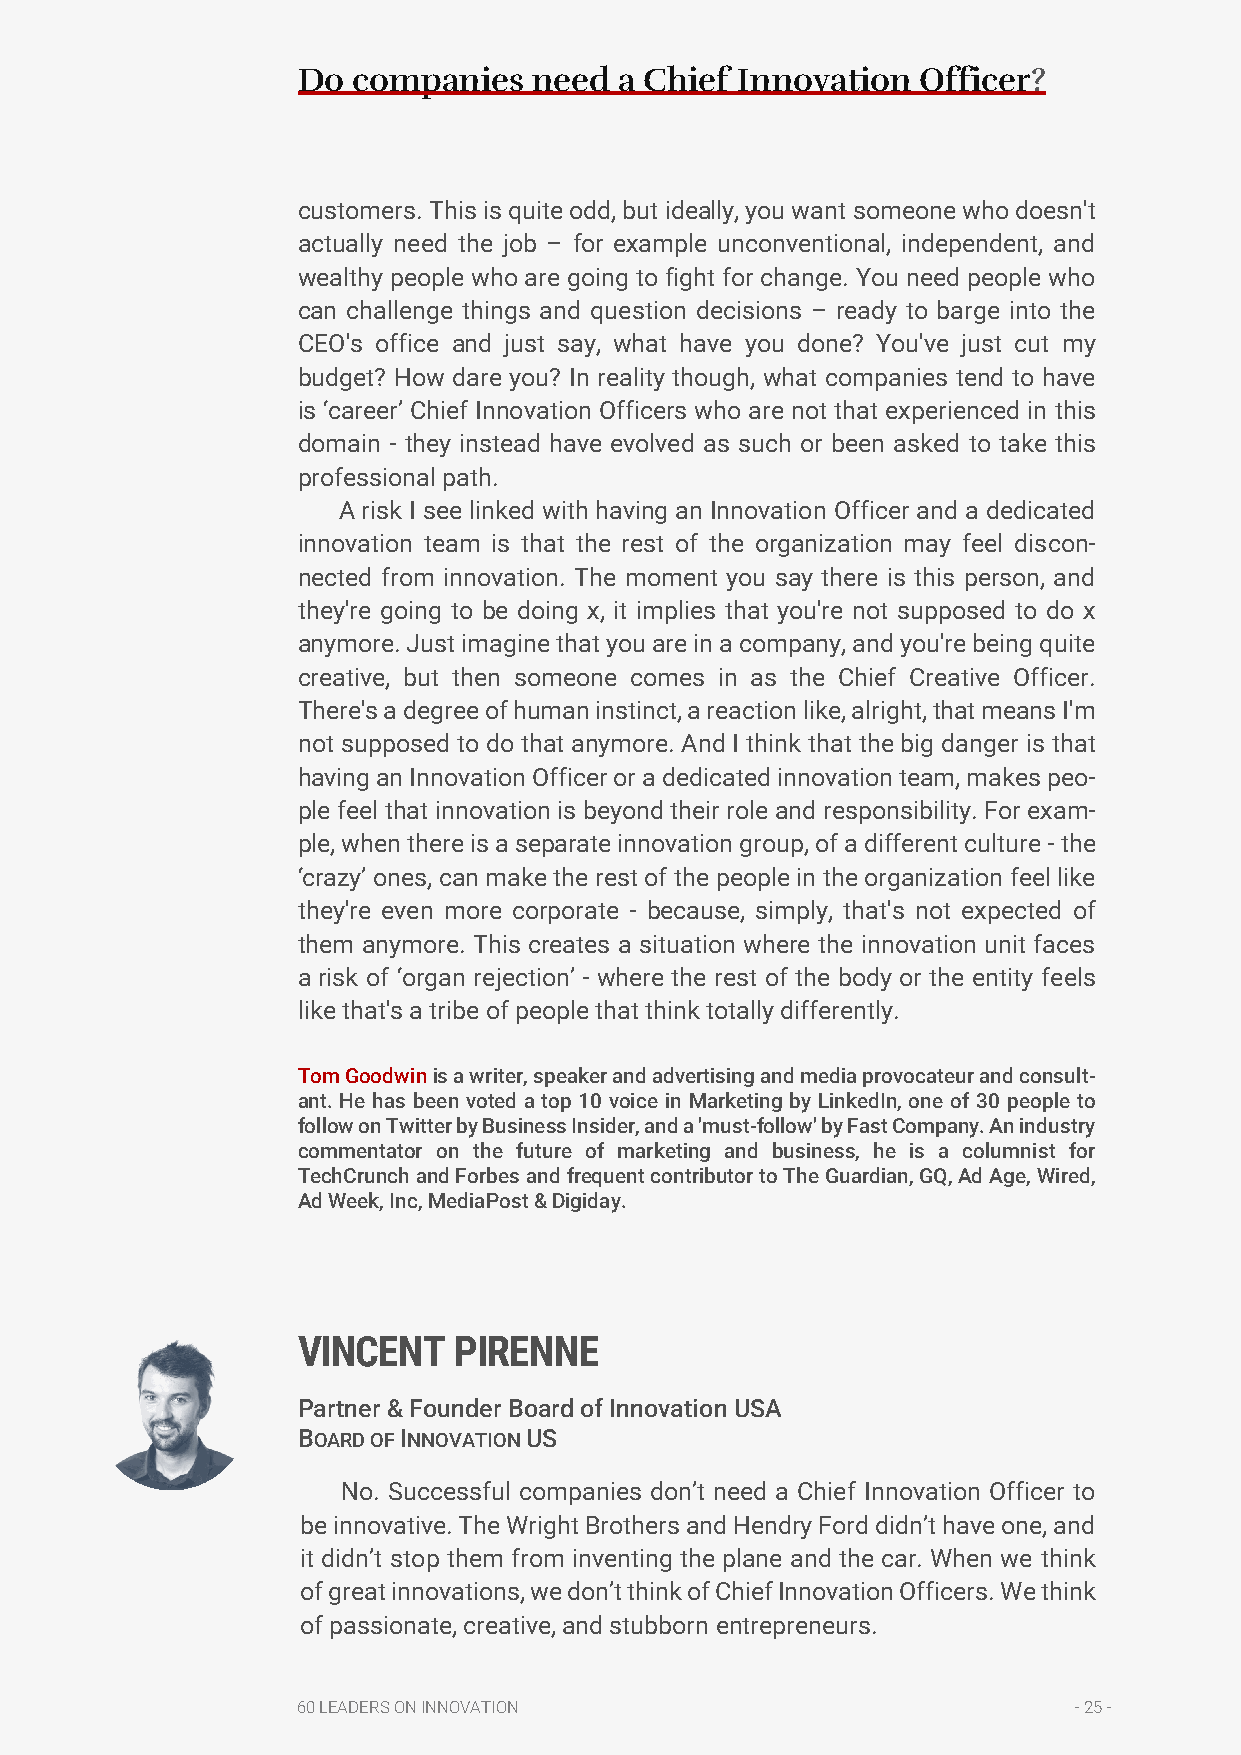
Do companies   need  a Chief Innovation  Officer?
 customers. This is quite odd, but ideally, you want someone who doesn't
 actually need the job – for example unconventional, independent, and
 wealthy people who are going to fight for change. You need people who
 can challenge things and question decisions – ready to barge into the
 CEO's office and just say, what have you done? You've just cut my
 budget? How dare you? In reality though, what companies tend to have
 is ‘career’ Chief Innovation Officers who are not that experienced in this
 domain - they instead have evolved as such or been asked to take this
 professional path.
 A risk I see linked with having an Innovation Officer and a dedicated
 innovation team is that the rest of the organization may feel discon-
 nected from innovation. The moment you say there is this person, and
 they're going to be doing x, it implies that you're not supposed to do x
 anymore. Just imagine that you are in a company, and you're being quite
 creative, but then someone comes in as the Chief Creative Officer.
 There's a degree of human instinct, a reaction like, alright, that means I'm
 not supposed to do that anymore. And I think that the big danger is that
 having an Innovation Officer or a dedicated innovation team, makes peo-
 ple feel that innovation is beyond their role and responsibility. For exam-
 ple, when there is a separate innovation group, of a different culture - the
 ‘crazy’ ones, can make the rest of the people in the organization feel like
 they're even more corporate - because, simply, that's not expected of
 them anymore. This creates a situation where the innovation unit faces
 a risk of ‘organ rejection’ - where the rest of the body or the entity feels
 like that's a tribe of people that think totally differently.
 Tom Goodwin is a writer, speaker and advertising and media provocateur and consult-
 ant. He has been voted a top 10 voice in Marketing by LinkedIn, one of 30 people to
 follow on Twitter by Business Insider, and a 'must-follow' by Fast Company. An industry
 commentator on the future of marketing and business, he is a columnist for
 TechCrunch and Forbes and frequent contributor to The Guardian, GQ, Ad Age, Wired,
 Ad Week, Inc, MediaPost & Digiday.
 VINCENT   PIRENNE
 Partner & Founder Board of Innovation USA
 BOARD OF INNOVATION US
 No. Successful companies don’t need a Chief Innovation Officer to
 be innovative. The Wright Brothers and Hendry Ford didn’t have one, and
 it didn’t stop them from inventing the plane and the car. When we think
 of great innovations, we don’t think of Chief Innovation Officers. We think
 of passionate, creative, and stubborn entrepreneurs.
 60 LEADERS ON INNOVATION                           - 25 -